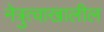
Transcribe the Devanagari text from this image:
नेत्रुत्वाखालील